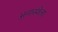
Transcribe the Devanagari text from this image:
अनास्थेला